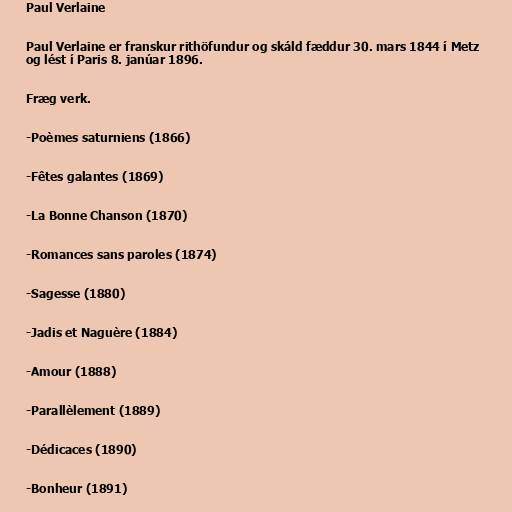
Paul Verlaine

Paul Verlaine er franskur rithöfundur og skáld fæddur 30. mars 1844 í Metz
og lést í Paris 8. janúar 1896.

Fræg verk.

-Poèmes saturniens (1866)

-Fêtes galantes (1869)

-La Bonne Chanson (1870)

-Romances sans paroles (1874)

-Sagesse (1880)

-Jadis et Naguère (1884)

-Amour (1888)

-Parallèlement (1889)

-Dédicaces (1890)

-Bonheur (1891)